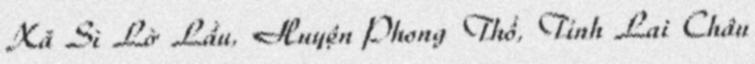
Xã Sì Lờ Lầu, Huyện Phong Thổ, Tỉnh Lai Châu